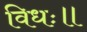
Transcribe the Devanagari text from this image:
विधः॥